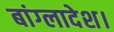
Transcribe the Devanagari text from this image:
बांग्‍लादेश।